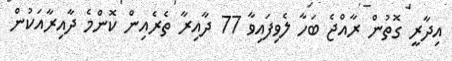
އިދާރީ ގޮތުން ރާއްޖެ ބަހާ ލެވިފައިވާ 77 ދާއިރާ ތެރެއިން ކޮންމެ ދާއިރާއަކުން